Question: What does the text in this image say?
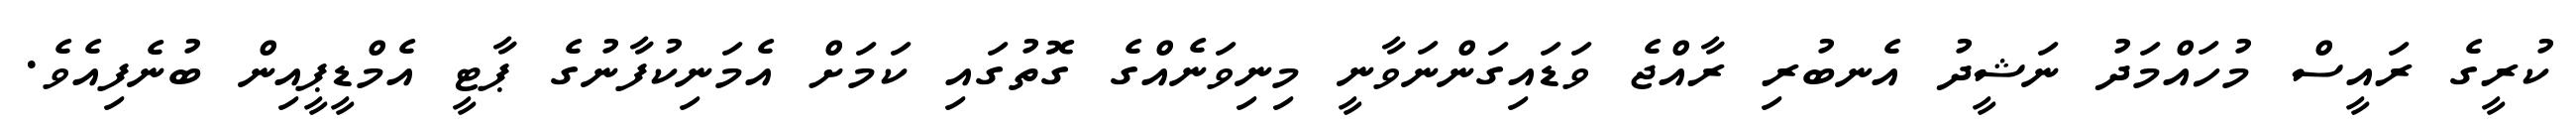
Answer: ކުރީގެ ރައީސް މުހައްމަދު ނަޝީދު އެނބުރި ރާއްޖެ ވަޑައިގަންނަވާނީ މިނިވަނެއްގެ ގޮތުގައި ކަމަށް އެމަނިކުފާނުގެ ޕާޓީ އެމްޑީޕީއިން ބުނެފިއެވެ.